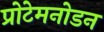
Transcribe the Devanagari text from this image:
प्रोटेमनोडन